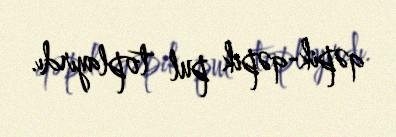
qəpik-qəpik pul toplayırdı.